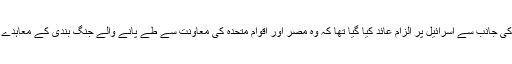
تاہم حماس اور اسلامک جہاد کی جانب سے اسرائیل پر الزام عائد کیا گیا تھا کہ وہ مصر اور اقوام متحدہ کی معاونت سے طے پانے والے جنگ بندی کے معاہدے کی خلاف ورزی کر رہا ہے۔